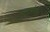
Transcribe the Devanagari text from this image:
आंध्रप्रदेशातले